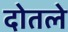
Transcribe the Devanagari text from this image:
दोतले